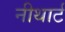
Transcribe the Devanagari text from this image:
नीथार्ट